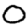
Digit: 0